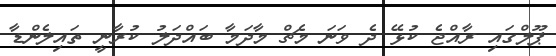
ޕޫލްގައި ރާއްޖެ ކުޅޭ ދެ ވަނަ މެޗް މާދަމާ ބައްދަލު ކުރާނީ ތައިލެންޑާ